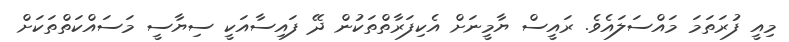
މިއީ ފުރަތަމަ މައްސަލައެވެ. ރައީސް ޔާމީނަށް އެކިފަރާތްތަކުން ދޭ ފައިސާއަކީ ސިޔާސީ މަސައްކަތްތަކަށް